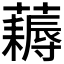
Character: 𧂭